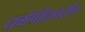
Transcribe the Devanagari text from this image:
धर्मपीठावरील